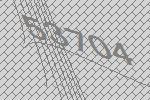
53704